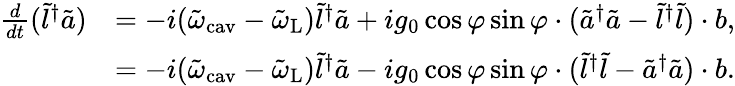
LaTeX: \begin{array}{rl}{\frac{d}{dt}(\tilde{l}^{\dagger}\tilde{a})}&{=-i(\tilde{\omega}_{\mathrm{cav}}-\tilde{\omega}_{\mathrm{L}})\tilde{l}^{\dagger}\tilde{a}+ig_{0}\cos\varphi\sin\varphi\cdot(\tilde{a}^{\dagger}\tilde{a}-\tilde{l}^{\dagger}\tilde{l})\cdot b,}\\ &{=-i(\tilde{\omega}_{\mathrm{cav}}-\tilde{\omega}_{\mathrm{L}})\tilde{l}^{\dagger}\tilde{a}-ig_{0}\cos\varphi\sin\varphi\cdot(\tilde{l}^{\dagger}\tilde{l}-\tilde{a}^{\dagger}\tilde{a})\cdot b.}\end{array}